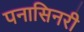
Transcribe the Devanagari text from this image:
पनासिनरी